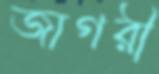
জাগরী